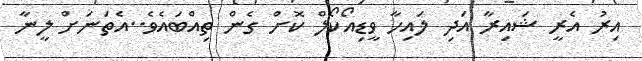
އިރު އެރީ ޝައިރާ އަދި ލައިހާ ވީޑިއޯކޯލް ކޮށް ގެން ތިއްބައެވެ..އެތަނަށް ލީނާ